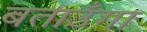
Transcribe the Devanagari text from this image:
बताउँगा